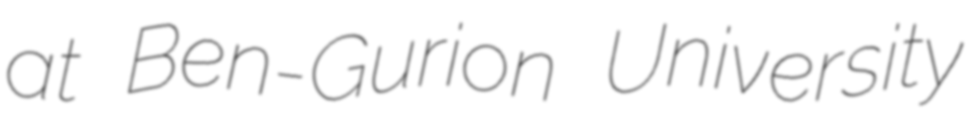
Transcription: at Ben-Gurion University